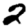
Digit: 2